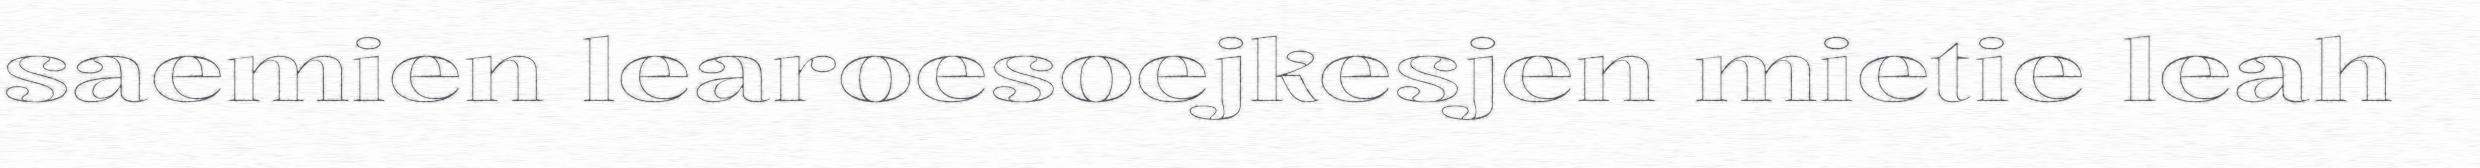
saemien learoesoejkesjen mietie leah